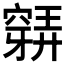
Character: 𥨋